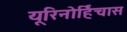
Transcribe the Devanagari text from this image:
यूरिनोर्हिंचास